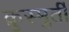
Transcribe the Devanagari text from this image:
क्रुस्मुर्ती